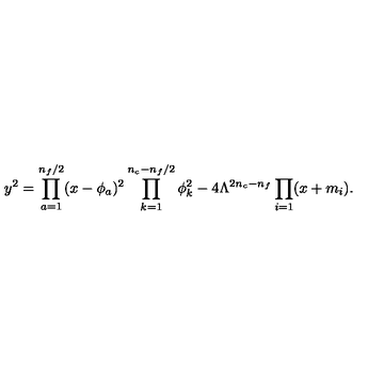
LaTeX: y ^ { 2 } = \prod _ { a = 1 } ^ { n _ { f } / 2 } ( x - \phi _ { a } ) ^ { 2 } \prod _ { k = 1 } ^ { n _ { c } - n _ { f } / 2 } \phi _ { k } ^ { 2 } - 4 \Lambda ^ { 2 n _ { c } - n _ { f } } \prod _ { i = 1 } ( x + m _ { i } ) .